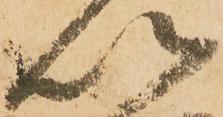
以